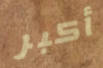
أكبر